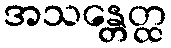
အသန္တေတ္ထ